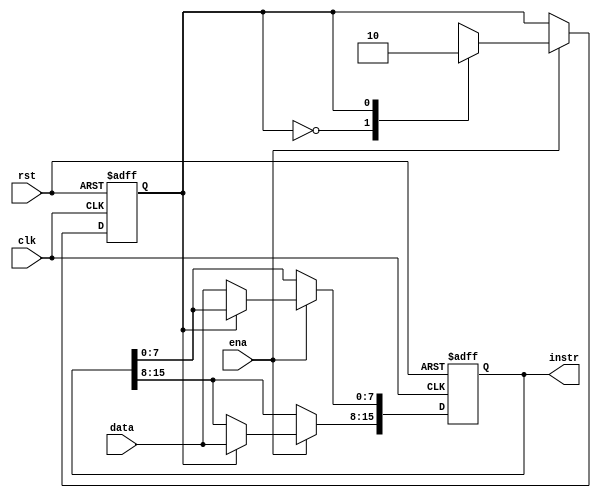
//state 1:high 1:low
//data
//instr{opercode(3), ir_addr(13)}

module IR(
	clk,
	rst,
	ena,
	data,
	instr
);

input clk, rst, ena;
input [7:0]data;
output reg[15:0]instr;

reg state;

always@(posedge clk or negedge rst) begin
	if(!rst) {instr, state} <= 17'b0;
	else begin
		if(ena)begin
			casex (state)
				1'b0: begin
					instr[7:0] <= data;
					state <= 1;
				end
				1'b1: begin
					instr[15:8] <= data;
					state <= 0;
				end
				default: begin
					instr <= 16'hxxxx;
					state <= 1'bx;
				end
			endcase
		end
	end
end

endmodule